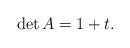
LaTeX: \begin{align*}\det A = 1+t.\end{align*}